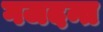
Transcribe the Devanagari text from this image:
गजदन्त